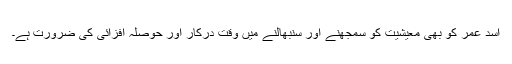
اسد عمر کو بھی معیشیت کو سمجھنے اور سنبھالنے میں وقت درکار اور حوصلہ افزائی کی ضرورت ہے۔